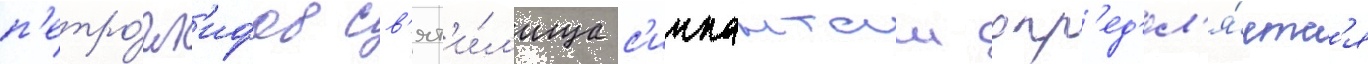
п'етро́гл'ифов св'ят'и́л'ища с'иипанташ опр'ед'ел'я́етс'я